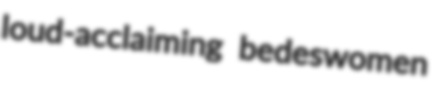
loud-acclaiming bedeswomen